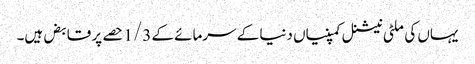
یہاں کی ملٹی نیشنل کمپنیاں دنیا کے سرمائے کے 1/3 حصے پر قابض ہیں۔